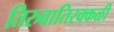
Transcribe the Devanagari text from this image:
तिरुवातिरक्कळी